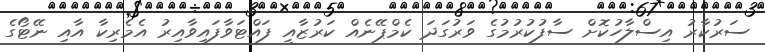
ސަރުކާރު އިސްލާހުކޮށް ސާފުކުރުމުގެ ވަރުގަދަ ކެމްޕޭނެއް ކަރުޒާއީ ފައްޓަވާފައިވާއިރު އެމެރިކާ އާއި ނޭޓޯގެ